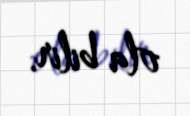
ola bilir.